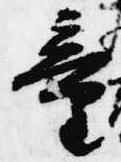
童